Scientific memoirs by medical officers of the Army of India - Part XII,
Year: 1901
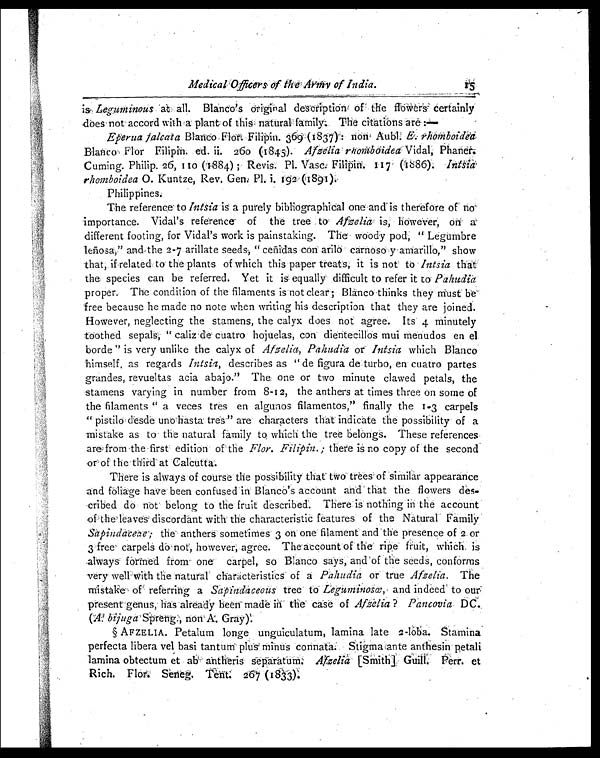
is Leguminous at all. Blanco's Original description of the flowers certainly
does not accord with a plant of this natural family. The citations are:—
Eperua falcata Blanco Flor. Filipin. 369 (1837): non Aubl. E. rhomboidea
Blanco Flor Filipin. ed. ii. 260(1845). Afzelia rhomboidea Vidal, Phaner.
Cuming. Philip. 26, 1 10 (1884) ; Revis. Pl. Vasc. Filipin. 117 (1886). Intsia
rhomboidea O. Kuntze, Rev. Gen. Pl. i. 192 (1891).
Philippines.
The reference to Intsia i s
a p u r e l y b i b l i o g r a p h i c a l o n e a n d i s t h e r e f o r e o f n o
importance. Vidal's reference of the tree to Afzelia is, however, on a
different footing, for Vidal's work is painstaking. The woody pod, "Legumbre
leñosa," and the 2-7 arillate seeds, " ceñidas con arilo carnoso y amarillo," show
that, ifrelated to the plants of which this paper treats, it is not to Intsia that
the species can be referred. Yet it is equally difficult to refer it to P a h u d i a
proper. The condition of the filaments is not clear ; Blanco thinks they m u s t
be free because he made no note when writing his description that they are joined.
However, neglecting the stamens, the calyx does not agree. Its 4 minutely
toothed sepals, "calizde cuatro hojuelas, con dientecillos mui menudos en el
borde " is very unlike the calyx of Afzelia, Pahudia or Intsiaw h i c h B l a n c o
himself, as regards Intsia, describes as " de figura de turbo, en cuatro partes
grandes, revueltas acia abajo." The one or two minute clawed petals, the
stamens varying in number from 8-12, the anthers at times three on some of
the filaments " a veces tres en algunos filamentos," finally the 1-3 carpels
" pistilo desde uno hasta tres." are characters that indicate the possibility of a
mistake as to the natural family to which the tree belongs. These references
are from the first edition of' the Flor. Filipin. ; there is no copy of the second
or of the third at Calcutta.
There is always of course the possibility that two trees of similar appearance
and foliage have been confused in Blanco's account and that the flowers des-
cribed do notb e l o n g t o t h e f r u i t d e s c r i b e d . T h e r e i s n o t h i n g i nt
h e
a c c o u n t
of the leases discordant with the characteristic features of the Natural Family
Sapindaceae; the anthers sometimes 3 on one filament and the presence of 2 or
3 free carpels do not, however, agree. The account of the ripe fruit, which is
always formed from one carpel, so Blanco says, and of the seeds, conforms
very well witht h e n a t u r a l c h a r a c t e r i s t i c s o fa
P a h u d i a
o r t r u e
A f z e l i a .
T h e
mistake of referring a Sapindaceous tree to Leguminosœ, and indeed to our
present genus, has already been made in the case of Afzelia? Pancovia. DC.
(A. bijuga Spreng., non A. Gray).
§ AFZELIA. Petalum longe unguiculatum, lamina late 2-loba. Stamina
perfecta libera vel basi tantum plus minus connata. Stigma ante anthesin petali
lamina obtectum et ab antheris separatum.A f z e l i a
[ S m i t h ] G u i l l . P e r r . e t
Rich. Flor. Seneg. Tent. 267 (1833).